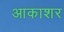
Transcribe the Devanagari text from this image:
आकाशर